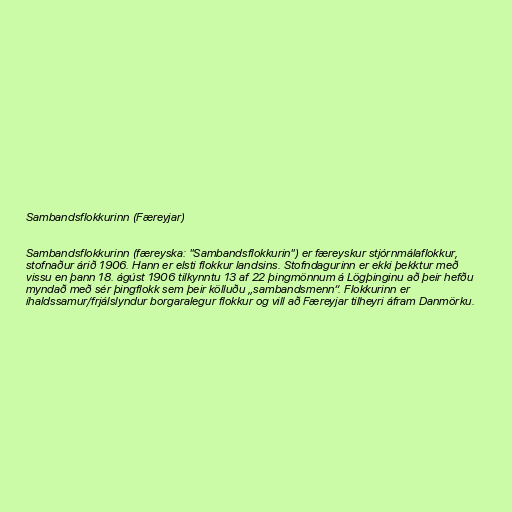
Sambandsflokkurinn (Færeyjar)

Sambandsflokkurinn (færeyska: "Sambandsflokkurin") er færeyskur stjórnmálaflokkur,
stofnaður árið 1906. Hann er elsti flokkur landsins. Stofndagurinn er ekki þekktur með
vissu en þann 18. ágúst 1906 tilkynntu 13 af 22 þingmönnum á Lögþinginu að þeir hefðu
myndað með sér þingflokk sem þeir kölluðu „sambandsmenn“. Flokkurinn er
íhaldssamur/frjálslyndur borgaralegur flokkur og vill að Færeyjar tilheyri áfram Danmörku.